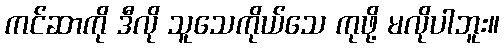
ကင်ဆာကို ဒီလို သူသေကိုယ်သေ ကုဖို့ မလိုပါဘူး။